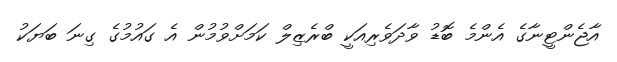
އާޖެންޓީނާގެ އެންމެ ބޮޑު ވާދަވެރިއަކީ ބްރެޒިލް ކަމަށްވުމުން އެ ގައުމުގެ ގިނަ ބަޔަކު